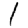
Digit: 1